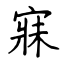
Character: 寐